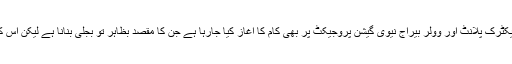
کشن گنگا، رتلے، میار، لوئر کلنائی، پاکال دل ہائیڈرو الیکٹرک پلانٹ اور وولر بیراج نیوی گیشن پروجیکٹ پر بھی کام کا آغاز کیا جارہا ہے جن کا مقصد بظاہر تو بجلی بنانا ہے لیکن اس کے ذریعے پانی کے بہاؤ کو کنٹرول کرنا بتایا جاتا ہے۔